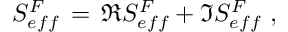
S _ { e f f } ^ { F } \, = \, \Re S _ { e f f } ^ { F } + \Im S _ { e f f } ^ { F } \ ,